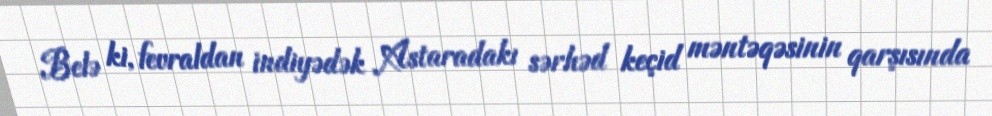
Belə ki, fevraldan indiyədək Astaradakı sərhəd keçid məntəqəsinin qarşısında